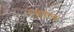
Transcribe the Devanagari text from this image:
रजतत्व